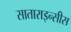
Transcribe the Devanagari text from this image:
साताराइन्सीस